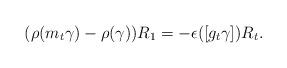
LaTeX: \begin{align*}(\rho(m_t\gamma)-\rho(\gamma))R_1 = -\epsilon([g_t\gamma])R_t.\end{align*}